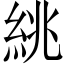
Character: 絩